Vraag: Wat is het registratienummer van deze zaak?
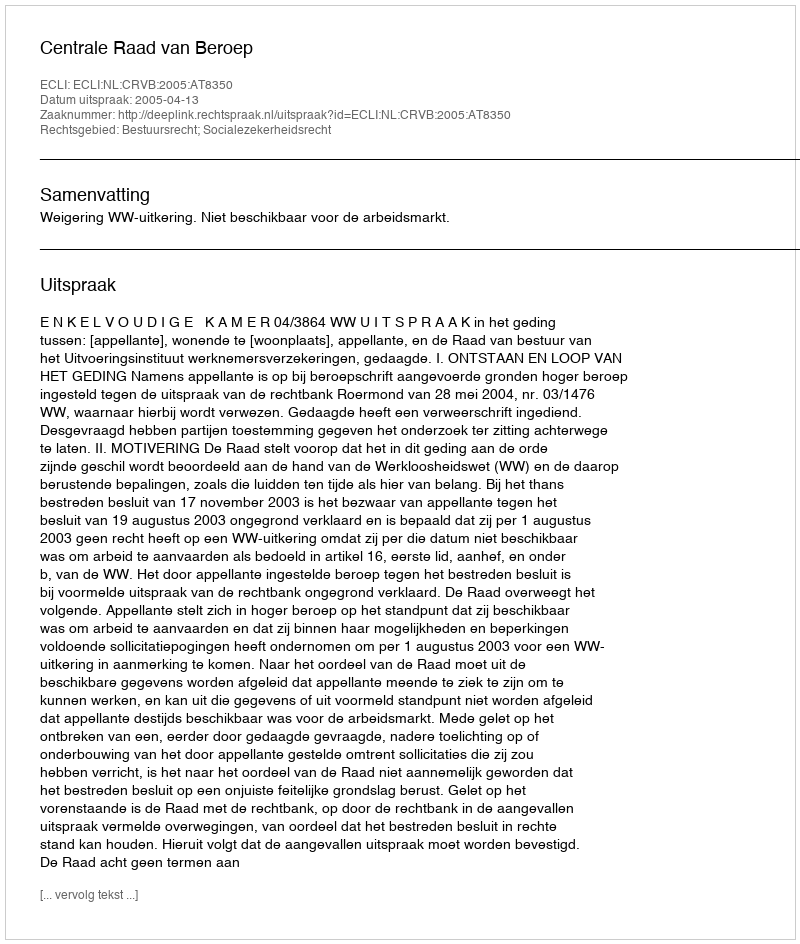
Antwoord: http://deeplink.rechtspraak.nl/uitspraak?id=ECLI:NL:CRVB:2005:AT8350